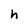
Character: h